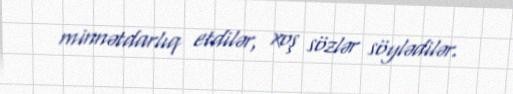
minnətdarlıq etdilər, xoş sözlər söylədilər.